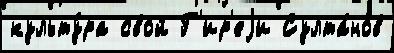
культу́ра свой Г'ир'еjи Султа́нов